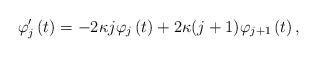
LaTeX: \begin{align*} \varphi_j^\prime \left( t \right) = - 2 \kappa j \varphi_j \left( t \right) + 2 \kappa (j+1) \varphi_{j+1}\left( t \right) ,\end{align*}